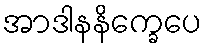
အာဒါနနိက္ခေပေ